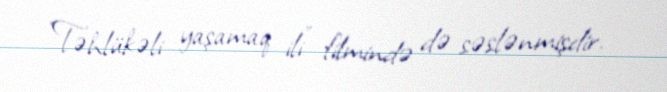
"Təhlükəli yaşamaq ili" filmində də səslənmişdir.